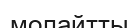
молайтты